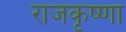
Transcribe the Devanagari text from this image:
राजकृष्णा